Sanitation, dispensaries and jails vaccination Rajputana 1922-1927 - 1922-1927
Year: 1922
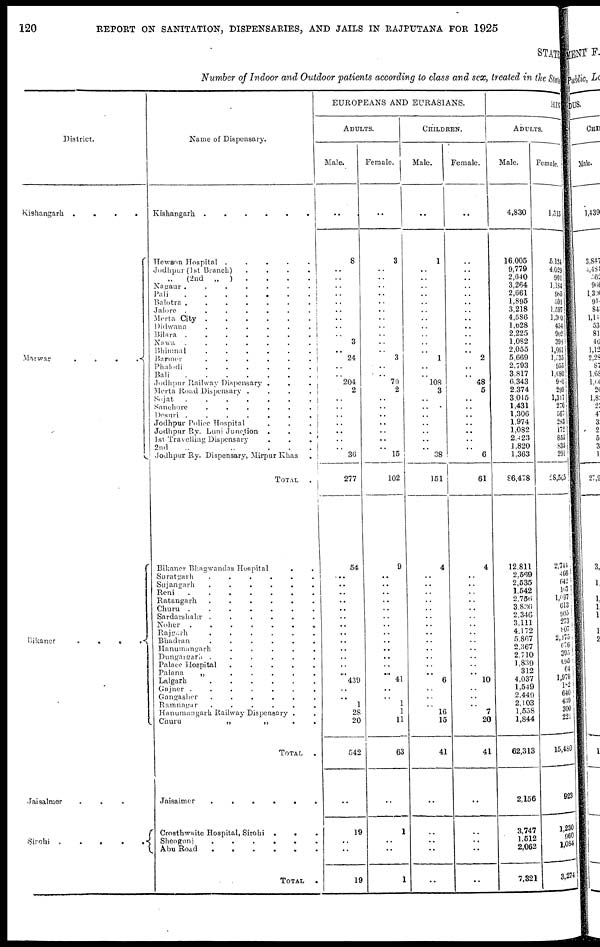
120
REPORT ON SANITATION, DISPENSARIES, AND JAILS IN RAJPUTANA FOR 1925
STATE
Number of Indoor and Outdoor patients according to class and sex, treated in the St at e,
District.
Kishangarh
....
Marwar ....
Bikaner
....
Jaisalmer
...
Sirohi
.....
Name of Dispensary.
Kishangarh
......
Hewson Hospital
.....
Jodhpur (1st Branch)
....
„
(2nd „ ) ....
Nagaur
.......
Pali
.......
Balotra
.......
Jalore
.......
Merta City
......
Didwana
......
Bilara
.......
Nawa
.......
Bhimnal
......
Barmer
......
Phalodi
......
Bali
.......
Jodhpur Railway Dispensary ...
Merta Road Dispensary
....
Sojat .......
Sanchore
......
Desuri
.......
Jodhpur Police Hospital ...
Jodhpur Ry. Luni Junction ...
1st Travelling Dispensary ...
2nd
„
„
...
Jodhpur Ry. Dispensary, Mirpur Khas .
TOTAL .
Bikaner Bhagwandas Hospital
..
Suratgarh
......
Sujangarh
......
Reni
.......
Ratangarh
......
Churu
.......
Sardarshahr
......
Noher
.......
Rajgarh
......
Bhadran
......
Hanumangarh
.....
Dungargarh
......
Palace Hospital
.....
Palana
„
.....
Lalgarh
......
Gajner
.......
Gangasher
......
Ramnagar
......
Hanumangarh Railway Dispensary .
Churu
„
„
..
TOTAL .
Jaisalmer
......
Croathwaite Hospital, Sirohi
...
Sheogunj
......
Abu Road
......
TOTAL .
EUROPEANS AND EURASIANS.
ADULTS.
Male.
..
8
..
..
..
..
..
..
..
..
..
3
..
24
..
..
204
2
..
..
..
.. ..
..
..
36
277
54
..
..
..
..
..
..
..
..
..
..
..
..
..
439
..
..
1
28
20
542
..
19
..
..
19
Female.
..
3
..
..
..
..
..
..
..
..
..
..
..
3
..
..
79
2
..
..
..
..
..
..
..
15
102
9
..
..
..
..
..
..
..
..
..
..
..
..
..
41
..
..
1
1
11
63
..
1
..
..
1
CHILDREN.
Male.
..
1
..
..
..
..
..
..
..
..
..
..
..
1
..
..
108
3
..
..
..
..
..
..
..
38
151
4
..
..
..
..
..
..
..
..
..
..
..
..
..
6
..
..
..
16
15
41
..
..
..
..
..
Female.
..
..
..
..
..
..
..
..
..
..
..
..
..
2
..
..
48
5
..
..
..
..
..
..
..
6
61
4
..
..
..
..
..
..
..
..
..
..
..
..
..
10
..
..
..
7
20
41
..
..
..
..
..
HIN
ADULTS.
Male.
4,830
16,005
9,779
2,640
3,264
2,661
1,895
3,218
4,586
1,628
2,225
1,082
2,055
5,669
2,793
3,817
6,343
2,374
3,045
1,431
1,306
1,974
1,082
2,423
1,820
1,363
86,478
12,811
2,569
2,535
1,542
2,756
3,836
2,346
3,111
4,172
5,867
2,367
2,710
1,839
312
4,037
1,549
2,449
2,103
1,558
1,844
62,313
2,156
3,747
1,512
2,062
7,321
Female.
1,515
5,124
4,029
901
1,184
985
591
1,597
1,300
454
902
398
1,061
1,535
955
1,680
980
299
1,317
270
567
283
172
855
835
294
28,565
2,744
466
642
167
1,997
613
905
273
807
2,175
676
395
695
64
1,979
182
640
439
300
221
15,480
923
1,230
960
1,084
3,274